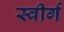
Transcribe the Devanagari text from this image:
स्वीर्ग